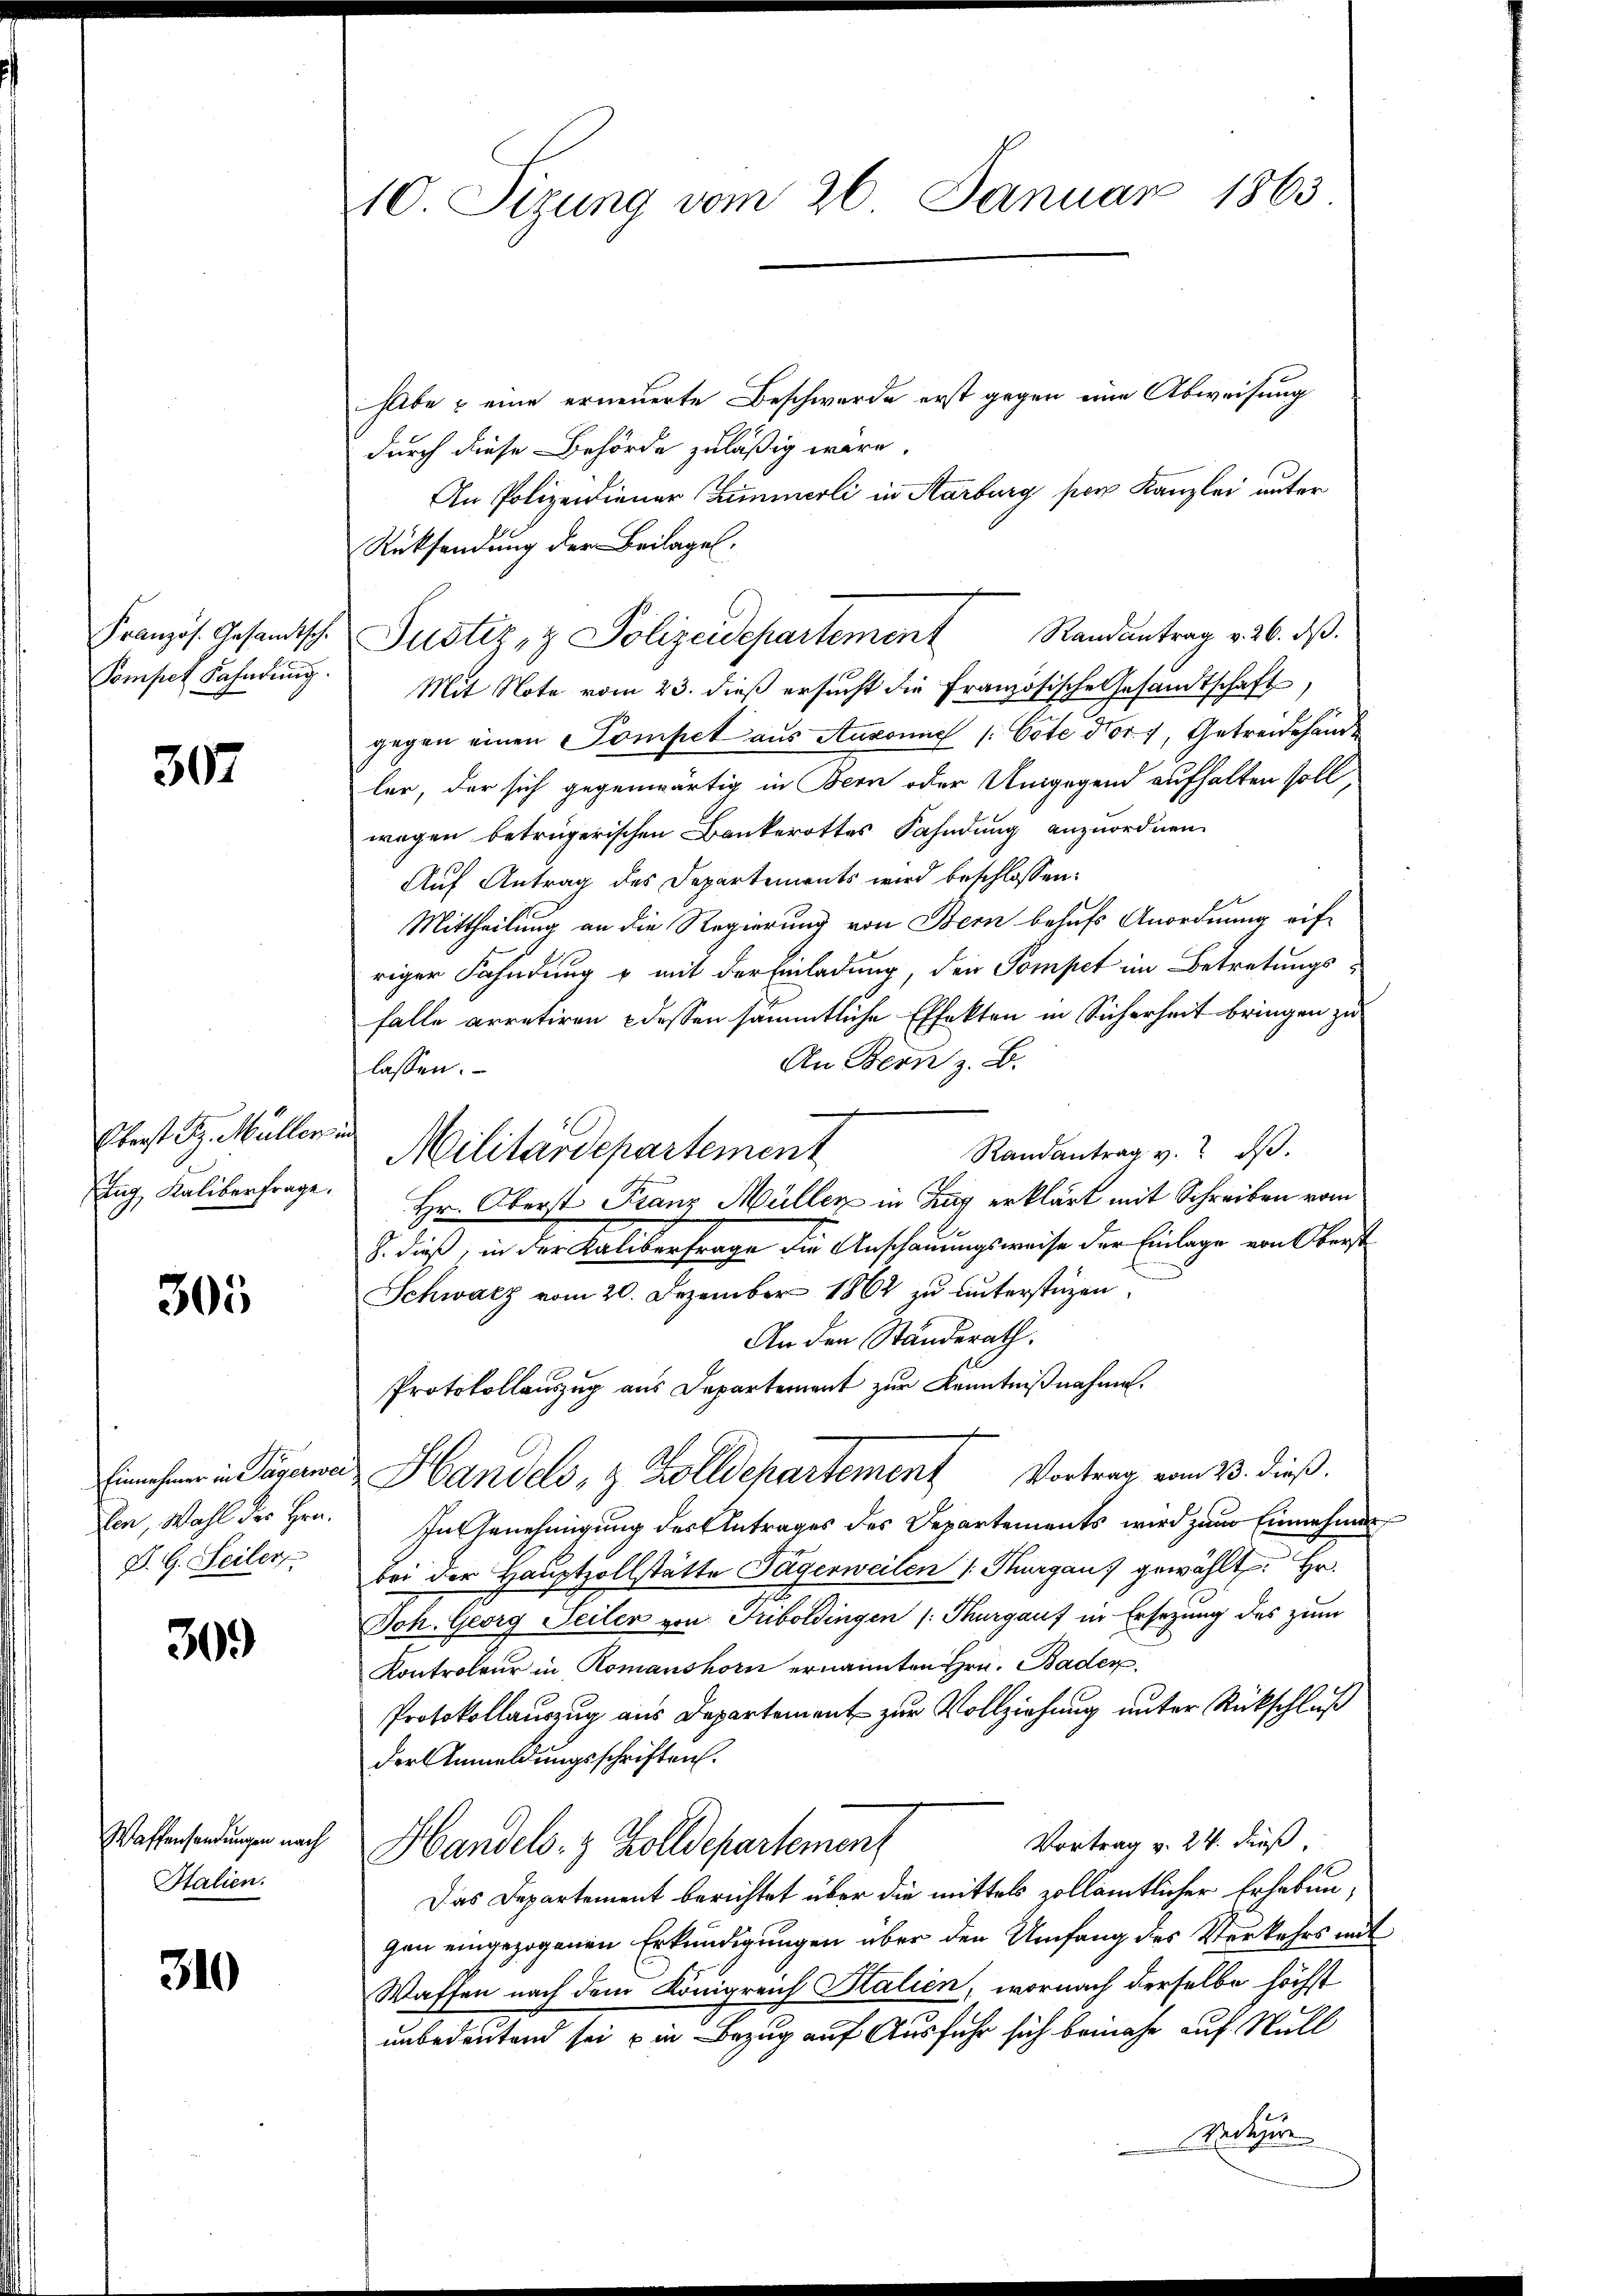
Sompet Fahndung.

307

Oberst Fr. Müller in

305

P. G. Seiler,

309

Wassensendungen nach
Italien.

310

habe & eine erneuerte Beschwerde erst gegen eine Abweisung
durch diese Behörde zuläßig wäre.
An Polizeidiener Zimmerli in Aarburg per Kanzlei unter
Rücksendung der Beilage,
Mit Note vom 23. dieß ersucht die Französische Gesandtschaft
gegen einen Pompet aus Ansonne /: Cote dorf, Getreidehand
ler, der sich gegenwärtig in Bern oder Umgegend aufhalten soll,
wagen betrügerischen Bankerottes Fahndung anzuordnen.
Auf Antrag des Departements wird beschlossen:
Mittheilung an die Regierung von Bern behufs Anordnung eifriger Fahndung u mit der Einladung, den Pompet im Betretungsfalle arretiren dessen sämmtliche Effekten in Sicherheit bringen zu
An Bern z. B.
lassen.
Randantrag v. dβ.
Militärdepartement
Eng Kaliberfrage. Hr. Oberst Franz Müller in Zug erklärt mit Schreiben vom
8. dieß, in der Kalibertrage die Anschauungsweise der Einlage von Oberst
Schwarz vom 20. Dezember 1864 zu unterstüzen.
An den Ständerath.
Protokollauszug aus Departement zur Kenntnißnahme.
hr in Papawa Handels, & Zolldepartement Vortrag vom 23. dieß.
den, Wahl des Hrn. In Genehmigung des Antrages des Departements wird zur Einnahmen
bei der Hauptzollstätte Tägerweilen /: Thurgau, gewählt: Hr.
Joh. Georg Seiler von Friboldingen (Thurgauf in Ersezung des zum
Kontroleur in Romanshorn ernannten Hrn. Baden
Protokollauszug aus Departement zur Vollziehung unter Rückschluß
der Anmeldungsschriften.
Vortrag v. 24. Fuß.
Handels- & Zolldepartement
Das Departement berichtet über die mittels zollämtlicher Erhebungen eingezogenen Erkundigungen über den Umfang des Verkehrs mit
Waffen nach dem Königreich Italien, wornach derselbe höchst
unbedeutend sei u in Bezug auf Ausfuhr sich beinahe auf Null
tgere

10. Sizung vom 26. Januar 1863

Französ. Gesandtsch. Justiz- & Polizeidepartement Randantrag v. 26. ds.